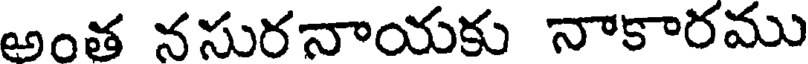
అంత నసురనాయకు నాకారము